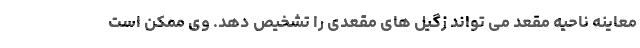
معاینه ناحیه مقعد می تواند زگیل های مقعدی را تشخیص دهد. وی ممکن است